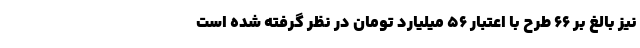
نیز بالغ بر ۶۶ طرح با اعتبار ۵۶ میلیارد تومان در نظر گرفته شده است